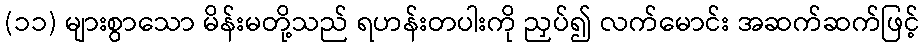
(၁၁) များစွာသော မိန်းမတို့သည် ရဟန်းတပါးကို ညှပ်၍ လက်မောင်း အဆက်ဆက်ဖြင့်